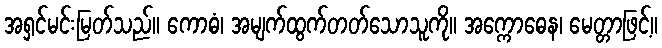
အရှင်မင်းမြတ်သည်။ ကောဓံ၊ အမျက်ထွက်တတ်သောသူကို။ အက္ကောဓေန၊ မေတ္တာဖြင့်။